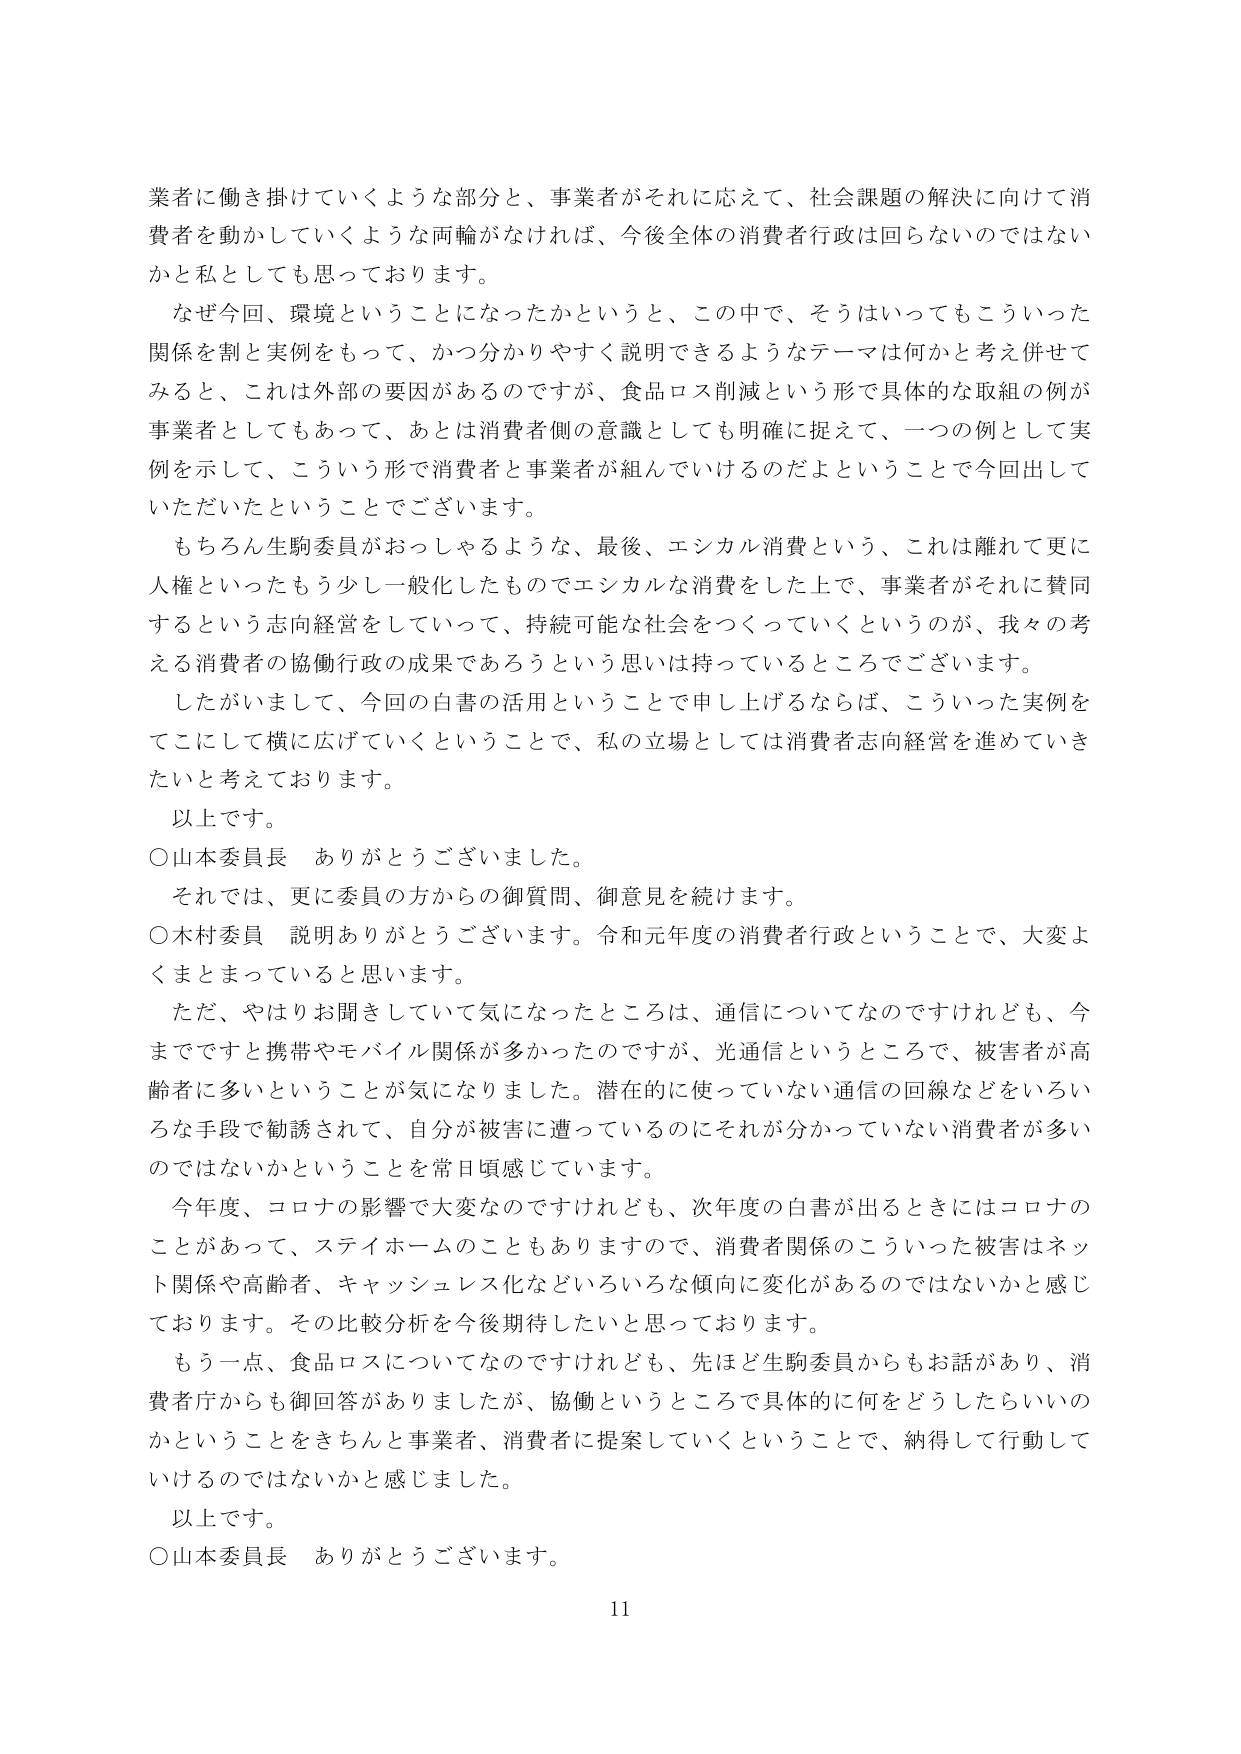
業者に働き掛けていくような部分と、事業者がそれに応えて、社会課題の解決に向けて消費者を動かしていくような両輪がなければ、今後全体の消費者行政は回らないのではないかと私としても思っております。

なぜ今回、環境ということになったかというと、この中で、そうはいってもこういった関係を制と実例をもって、かつ分かりやすく説明できるようなテーマは何かと考え併せてみると、これは外部の要因があるのですが、食品ロス削減という形で具体的な取組の例が事業者としてもあって、あとは消費者側の意識としても明確に捉えて、一つの例として実例を示して、こういう形で消費者と事業者が組んでいけるのだよということで今回出していただいたということでございます。

もちろん生駒委員がおっしゃるような、最後、エシカル消費という、これは離れて更に人権といったもう少し一般化したものでエシカルな消費をした上で、事業者がそれに賛同するという志向経営をしていって、持続可能な社会をつくっていくというのが、我々の考える消費者の協働行政の成果であろうという思いは持っているところでございます。

したがいまして、今回の白書の活用ということで申し上げるならば、こういった実例をてこにして横に広げていくということで、私の立場としては消費者志向経営を進めていきたいと考えております。

以上です。

○山本委員長　ありがとうございました。

それでは、更に委員の方からの御質問、御意見を続けます。

○木村委員　説明ありがとうございます。令和元年度の消費者行政ということで、大変よくまとまっていると思います。

ただ、やはりお聞きしていて気になったところは、通信についてなのですが、今までですと携帯やモバイル関係が多かったのですが、光通信というところで、被害者が高齢者に多いということが気になりました。潜在的に使っていない通信の回線などをいろいろな手段で勧誘されて、自分が被害に遭っているのにそれが分かっていない消費者が多いのではないかということを常日頃感じています。

今年度、コロナの影響で大変なのですが、次年度の白書が出るときにはコロナのことがあって、ステイホームのこともありますので、消費者関係のこういった被害はネット関係や高齢者、キャッシュレス化などいろいろな傾向に変化があるのではないかと感じております。その比較分析を今後期待したいと思っております。

もう一点、食品ロスについてなのですが、先ほど生駒委員からもお話があり、消費者庁からも御回答がありましたが、協働というところで具体的に何をどうしたらいいのかということをきちんと事業者、消費者に提案していくということで、納得して行動していけるのではないかと感じました。

以上です。

○山本委員長　ありがとうございます。

11